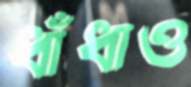
ধাঁধাও